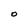
Character: O